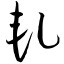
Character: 轧